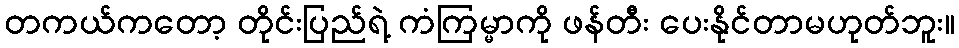
တကယ်ကတော့ တိုင်းပြည်ရဲ့ ကံကြမ္မာကို ဖန်တီး ပေးနိုင်တာမဟုတ်ဘူး။